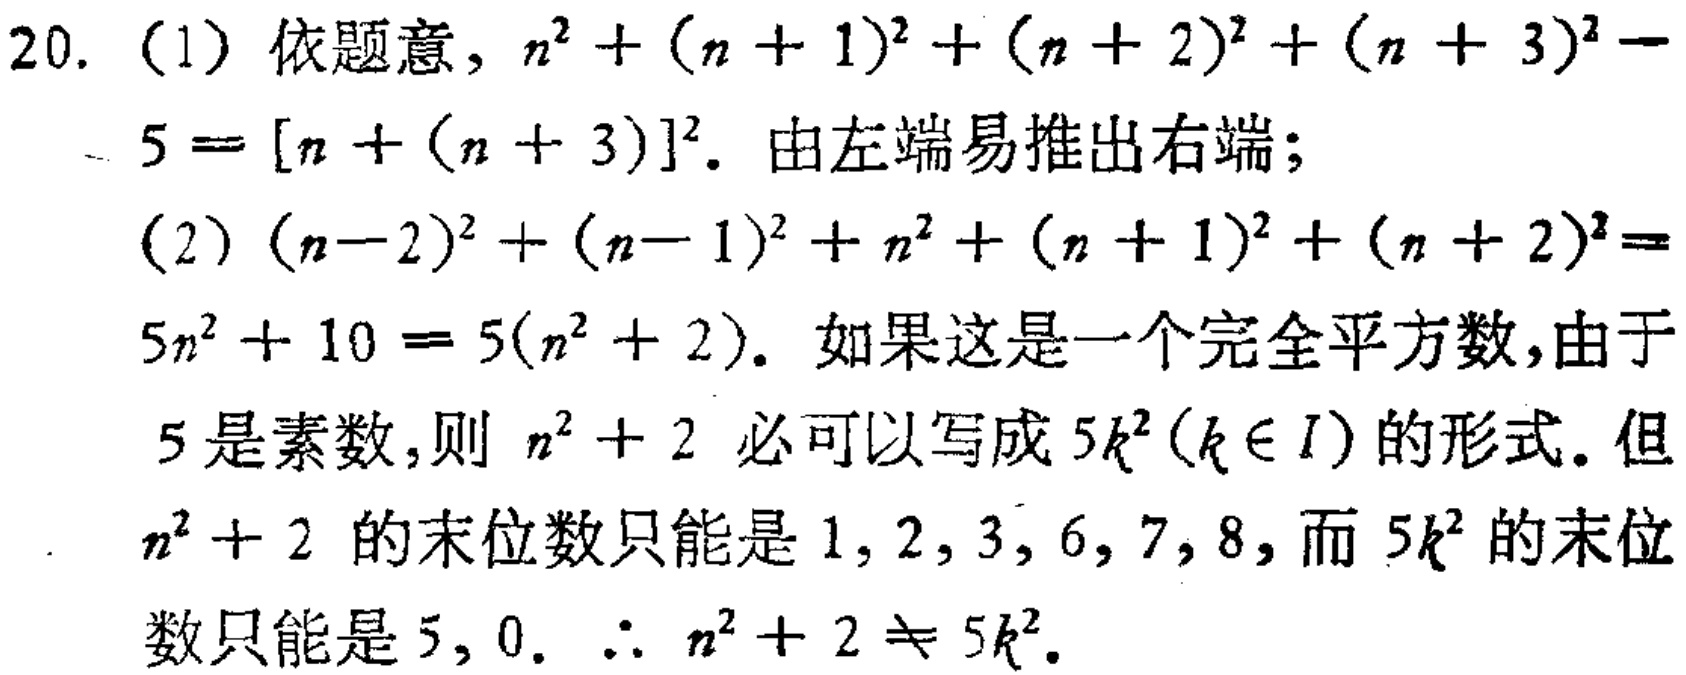
20. （1）依题意，\(n^{2}+(n + 1)^{2}+(n + 2)^{2}+(n + 3)^{2}-5=[n+(n + 3)]^{2}\). 由左端易推出右端；

（2）\((n - 2)^{2}+(n - 1)^{2}+n^{2}+(n + 1)^{2}+(n + 2)^{2}=5n^{2}+10 = 5(n^{2}+2)\). 如果这是一个完全平方数，由于

5 是素数，则 \(n^{2}+2\) 必可以写成 \(5k^{2}(k\in I)\) 的形式. 但

\(n^{2}+2\) 的末位数只能是 \(1,2,3,6,7,8\)，而 \(5k^{2}\) 的末位

数只能是 \(5,0\). \(\therefore n^{2}+2\neq5k^{2}\).